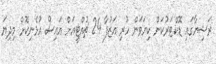
ރަޝިޔާގައި ޑޮކްޓަރުކަން ކިޔަވަން ހުރި އަޒުފާ 24 ޗުއްޓީއަށް އައިސް އުޅެނިކޮށް މިދިޔަ